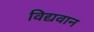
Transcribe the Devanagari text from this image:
विद्यवान